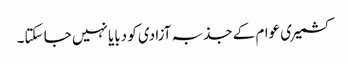
کشمیری عوام کے جذبہ آزادی کو دبایا نہیں جا سکتا۔